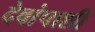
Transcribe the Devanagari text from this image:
देवांपाशी